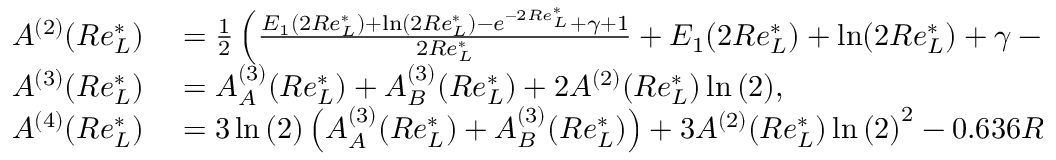
\begin{array} { r l } { A ^ { ( 2 ) } ( R e _ { L } ^ { * } ) } & { { } = \frac { 1 } { 2 } \left( \frac { E _ { 1 } ( 2 R e _ { L } ^ { * } ) + \ln ( 2 R e _ { L } ^ { * } ) - e ^ { - 2 R e _ { L } ^ { * } } + \gamma + 1 } { 2 R e _ { L } ^ { * } } + E _ { 1 } ( 2 R e _ { L } ^ { * } ) + \ln ( 2 R e _ { L } ^ { * } ) + \gamma - 2 \right) , } \\ { A ^ { ( 3 ) } ( R e _ { L } ^ { * } ) } & { { } = A _ { A } ^ { ( 3 ) } ( R e _ { L } ^ { * } ) + A _ { B } ^ { ( 3 ) } ( R e _ { L } ^ { * } ) + 2 A ^ { ( 2 ) } ( R e _ { L } ^ { * } ) \ln { ( 2 ) } , } \\ { A ^ { ( 4 ) } ( R e _ { L } ^ { * } ) } & { { } = 3 \ln { ( 2 ) } \left( A _ { A } ^ { ( 3 ) } ( R e _ { L } ^ { * } ) + A _ { B } ^ { ( 3 ) } ( R e _ { L } ^ { * } ) \right) + 3 A ^ { ( 2 ) } ( R e _ { L } ^ { * } ) \ln { ( 2 ) } ^ { 2 } - 0 . 6 3 6 R e _ { L } ^ { * 0 . 7 6 2 } , } \end{array}